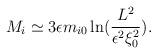
LaTeX: \begin{align*}M_{i}\simeq 3\epsilon m_{i0}\ln (\frac{L^{2}}{\epsilon ^{2}\xi _{0}^{2}}).\end{align*}